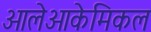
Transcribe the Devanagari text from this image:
ओलेओकेमिकल